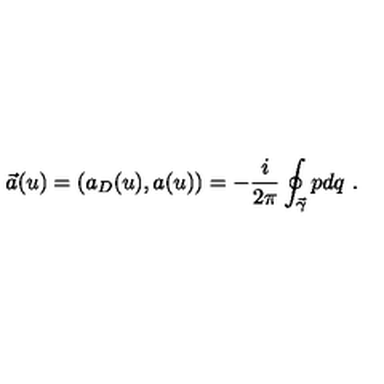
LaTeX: \vec { a } ( u ) = ( a _ { D } ( u ) , a ( u ) ) = - { \frac { i } { 2 \pi } } \oint _ { \vec { \gamma } } p d q \ .